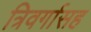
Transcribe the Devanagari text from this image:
त्रिवर्गासह